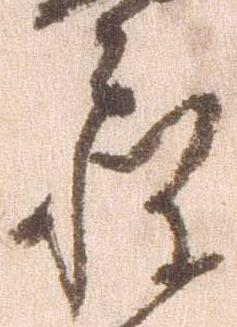
惶